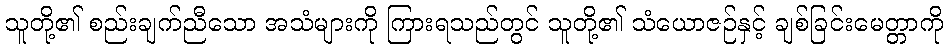
သူတို့၏ စည်းချက်ညီသော အသံများကို ကြားရသည်တွင် သူတို့၏ သံယောဇဉ်နှင့် ချစ်ခြင်းမေတ္တာကို